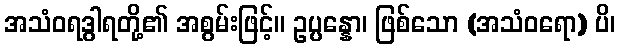
အသံဝရဒွါရတို့၏ အစွမ်းဖြင့်။ ဥပ္ပန္နော၊ ဖြစ်သော (အသံဝရော) ပိ၊